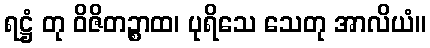
ရဋ္ဌံ တု ဝိဇိတဉ္စာထ၊ ပုရိသေ သေတု အာလိယံ။